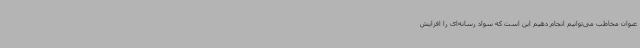
عنوان مخاطب می‌توانیم انجام دهیم این است که سواد رسانه‌ای را افزایش